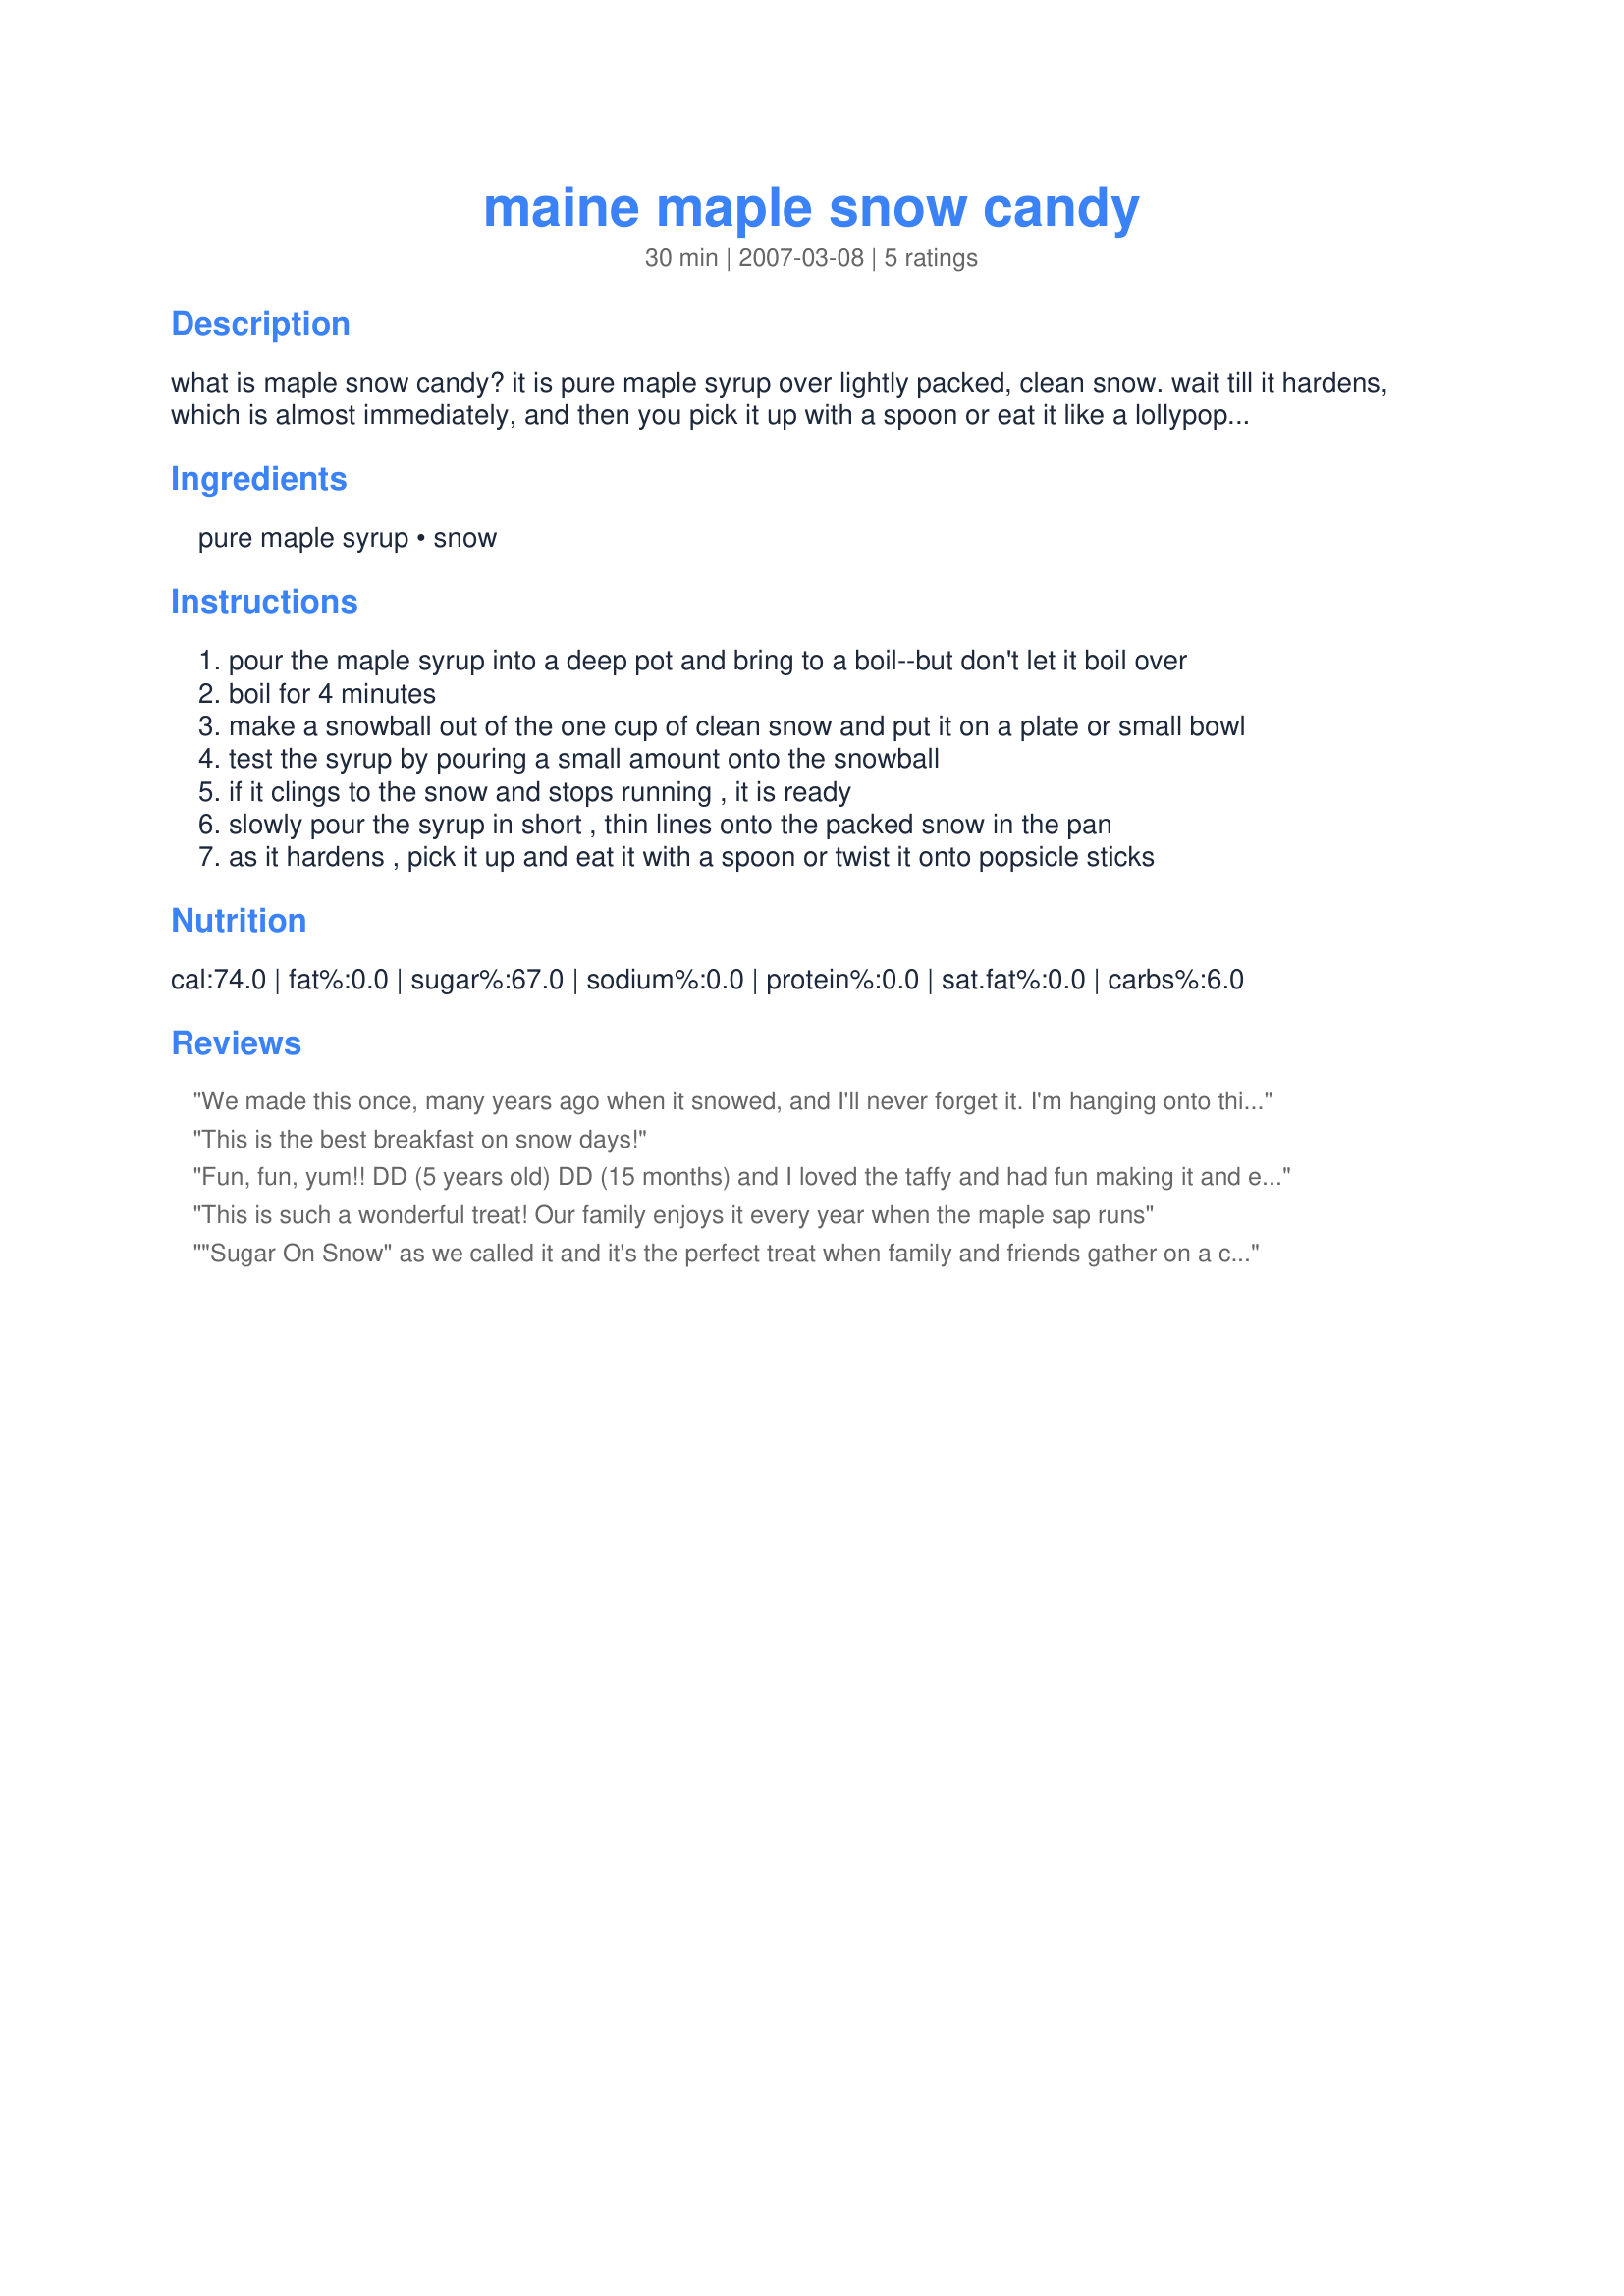
maine maple snow candy
Preparation time: 30 minutes

what is maple snow candy? it is pure maple syrup over lightly packed, clean snow. wait till it hardens, which is almost immediately, and then you pick it up with a spoon or eat it like a lollypop. when you get new maple syrup, it is just yummy and the kids love to do this. it sure is a treat. if you don't have snow, vanilla ice cream will work fine.

Ingredients:
pure maple syrup, snow

Steps:
pour the maple syrup into a deep pot and bring to a boil--but don't let it boil over
boil for 4 minutes
make a snowball out of the one cup of clean snow and put it on a plate or small bowl
test the syrup by pouring a small amount onto the snowball
if it clings to the snow and stops running , it is ready
slowly pour the syrup in short , thin lines onto the packed snow in the pan
as it hardens , pick it up and eat it with a spoon or twist it onto popsicle sticks

Reviews:
We made this once, many years ago when it snowed, and I'll never forget it. I'm hanging onto this recipe and hoping for another chance to have this wonderful candy!
This is the best breakfast on snow days!
Fun, fun, yum!! DD (5 years old) DD (15 months) and I loved the taffy and had fun making it and eat it with our fingers.
This is such a wonderful treat! Our family enjoys it every year when the maple sap runs
"Sugar On Snow" as we called it and it's the perfect treat when family and friends gather on a cold winters evening! It's like a taffy. As children, we were each given a pan to go an collect our own snow with a dire warning not to get any of the 'yellow snow'! Mom was in the kitchen tending the pot of syrup and one at a time we received a generous pour of the delicious syrup over the packed snow, making ribbons and pools of the sweet taffy confection... memories!! Put this on your list for a winters MUST try recipe!! Thanks for posting this one Mimi in Maine!!
